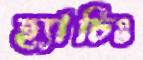
হ্যাচিং